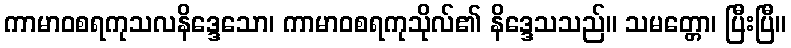
ကာမာဝစရကုသလနိဒ္ဒေသော၊ ကာမာဝစရကုသိုလ်၏ နိဒ္ဒေသသည်။ သမတ္တော၊ ပြီးပြီ။